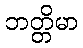
ဘတ္တိမာ